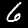
Label: 6